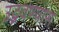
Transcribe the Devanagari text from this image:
उद्भवण्यास